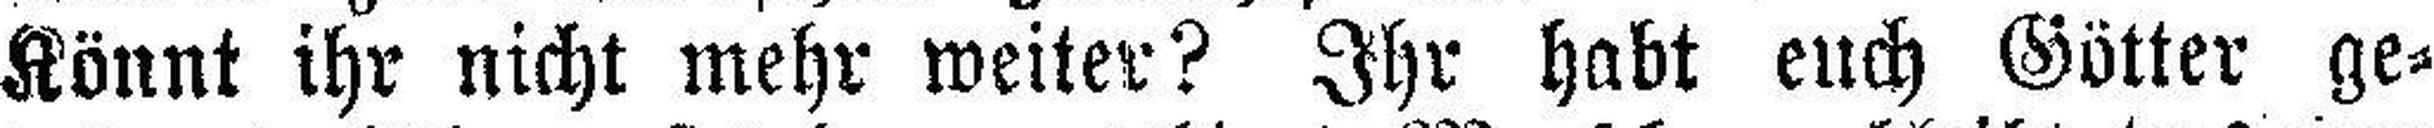
Könnt ihr nicht mehr weiter? Ihr habt euch Götter ge¬